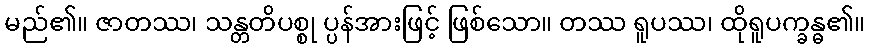
မည်၏။ ဇာတဿ၊ သန္တတိပစ္စု ပ္ပန်အားဖြင့် ဖြစ်သော။ တဿ ရူပဿ၊ ထိုရူပက္ခန္ဓ၏။